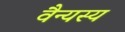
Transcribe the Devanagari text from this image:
वैन्यस्य